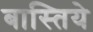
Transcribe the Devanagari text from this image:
बास्तिये